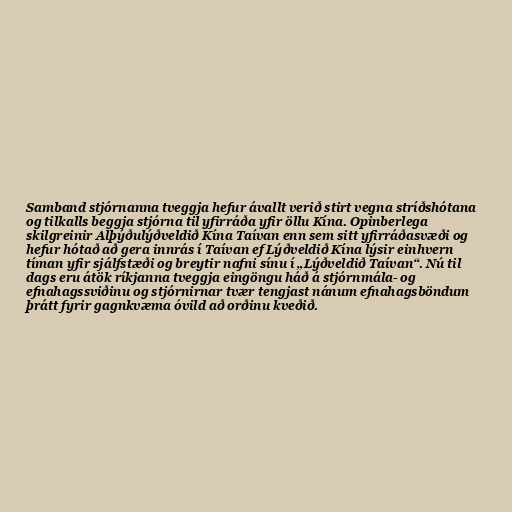
Samband stjórnanna tveggja hefur ávallt verið stirt vegna stríðshótana
og tilkalls beggja stjórna til yfirráða yfir öllu Kína. Opinberlega
skilgreinir Alþýðulýðveldið Kína Taívan enn sem sitt yfirráðasvæði og
hefur hótað að gera innrás í Taívan ef Lýðveldið Kína lýsir einhvern
tíman yfir sjálfstæði og breytir nafni sínu í „Lýðveldið Taívan“. Nú til
dags eru átök ríkjanna tveggja eingöngu háð á stjórnmála- og
efnahagssviðinu og stjórnirnar tvær tengjast nánum efnahagsböndum
þrátt fyrir gagnkvæma óvild að orðinu kveðið.